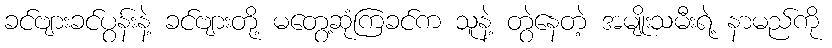
ခင်ဗျားခင်ပွန်းနဲ့ ခင်ဗျားတို့ မတွေ့ဆုံကြခင်က သူနဲ့ တွဲနေတဲ့ အမျိုးသမီးရဲ့ နာမည်ကို